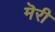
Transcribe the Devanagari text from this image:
मॆरी